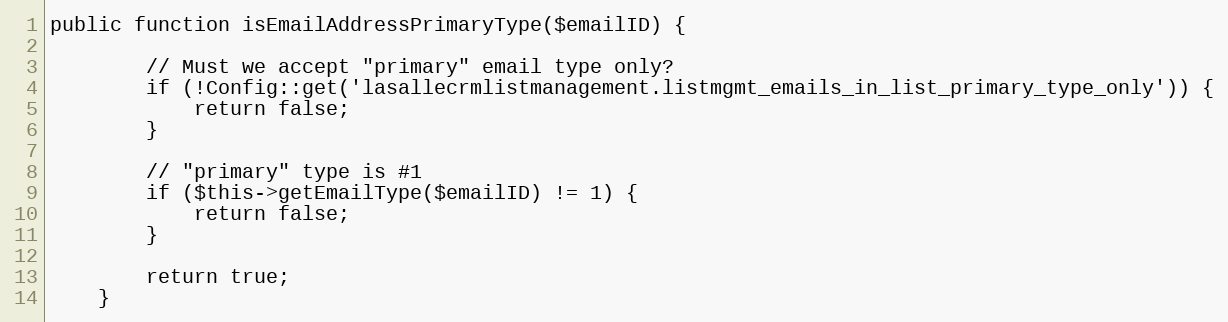
Language: PHP
public function isEmailAddressPrimaryType($emailID) {

        // Must we accept "primary" email type only?
        if (!Config::get('lasallecrmlistmanagement.listmgmt_emails_in_list_primary_type_only')) {
            return false;
        }

        // "primary" type is #1
        if ($this->getEmailType($emailID) != 1) {
            return false;
        }

        return true;
    }